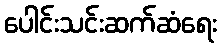
ပေါင်းသင်းဆက်ဆံရေး